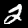
Digit: 2